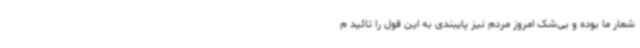
شعار ما بوده و بی‌شک امروز مردم نیز پایبندی به این قول را تائید م